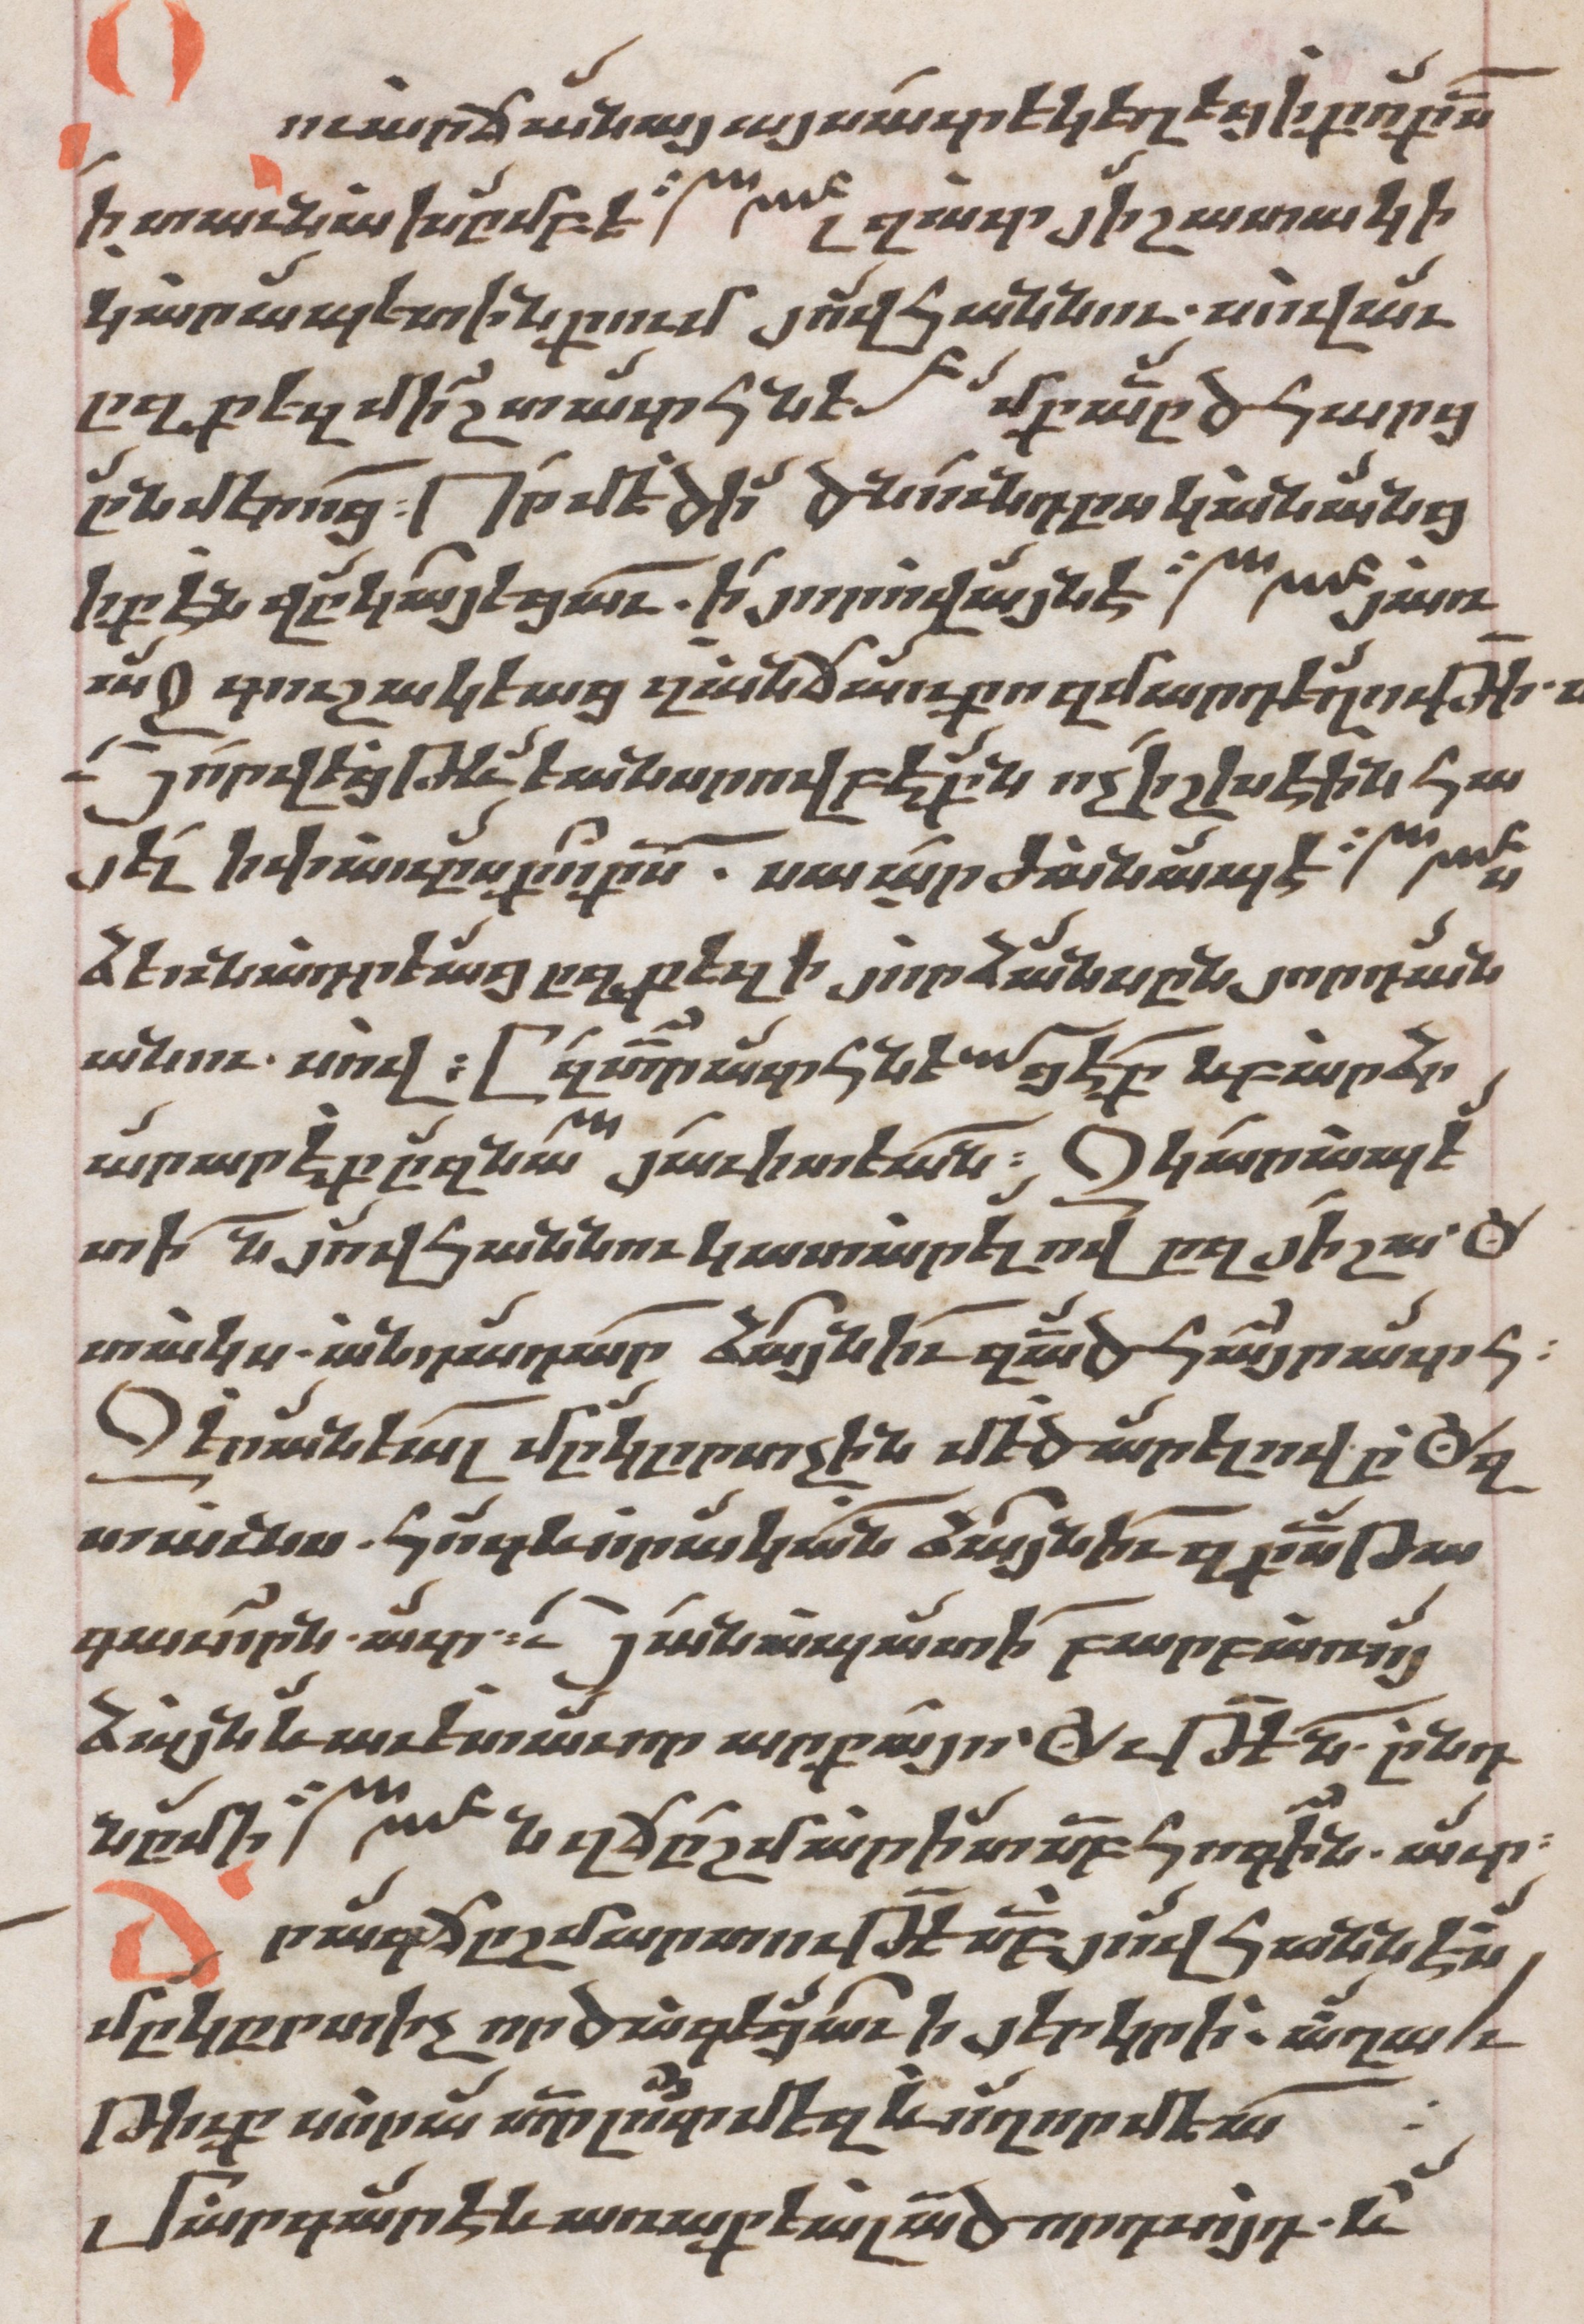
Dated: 1662–1662